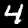
Label: 4